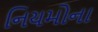
નિયમોના